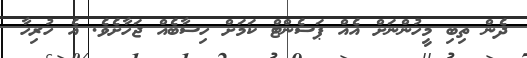
ދެން ތިބި މީހުންނަށް އެއް ޕަސެންޓް ކަމަށް ހިސާބެއް ޖަހާށެވެ. އެ ހުރިހާ